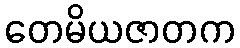
တေမိယဇာတက